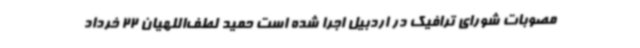
مصوبات شورای ترافیک در اردبیل اجرا شده است حمید لطف‌اللهیان 22 خرداد